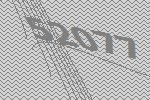
52077